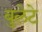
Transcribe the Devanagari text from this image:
बुलेटे